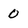
Character: 0